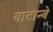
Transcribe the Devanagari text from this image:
वाटान्बे